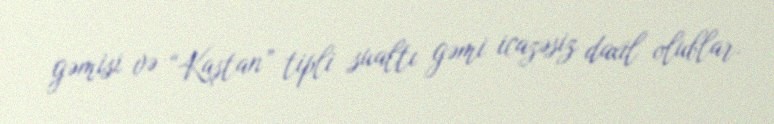
gəmisi və “Kaştan” tipli sualtı gəmi icazəsiz daxil olublar.